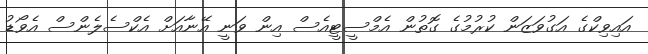
އައިވިކްގެ އަގުވަޒަން ކުރުމުގެ ގޮތުން އެމްސީޓީއެސް އިން ވަނީ އޭނާއަށް އެކްސެލެންސް އެވޯޑު